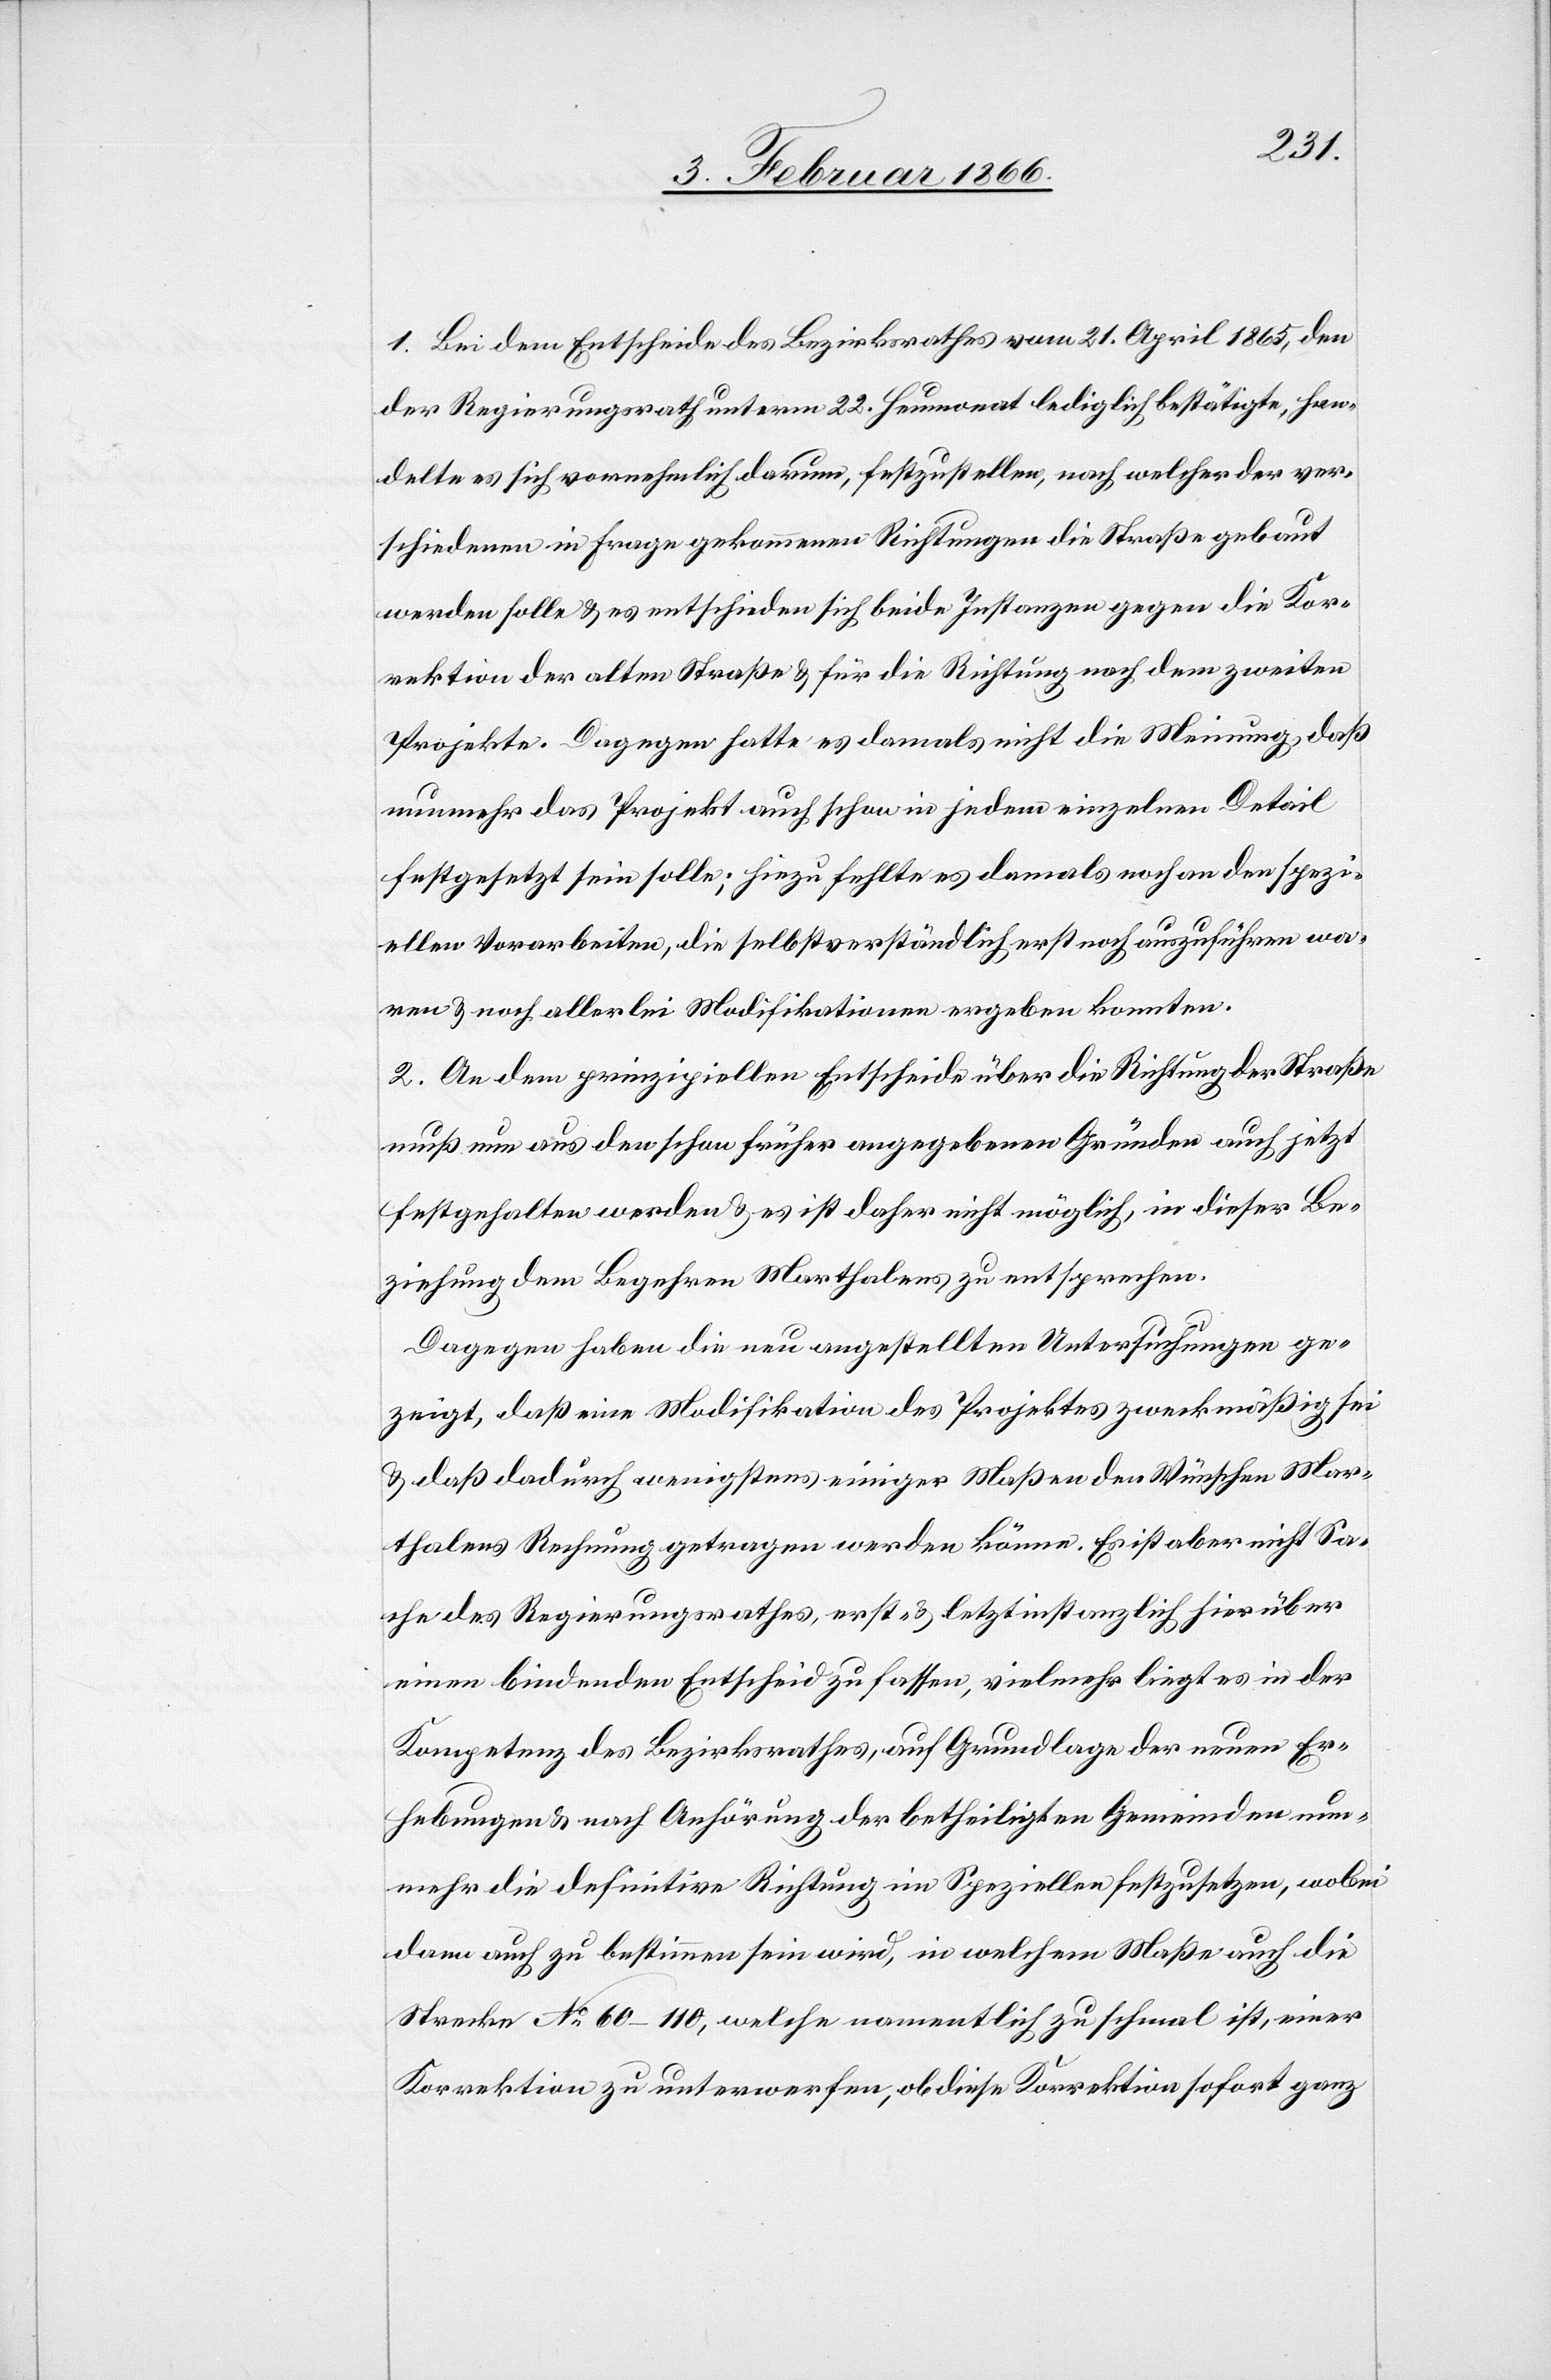
1. Bei dem Entscheide des Bezirksrathes vom 21. April 1865, den
der Regierungsrath unterm 22. Heumonat lediglich bestätigte, han¬
delte es sich vornehmlich darum, festzustellen, nach welcher der ver¬
schiedenen in Frage gekommenen Richtungen die Straße gebaut
werden solle u. es entschieden sich beide Instanzen gegen die Kor¬
rektion der alten Straße u. für die Richtung nach dem zweiten
Projekte. Dagegen hatte es damals nicht die Meinung, daß
nunmehr das Projekt auch schon in jedem einzelnen Detail
festgesetzt sein solle; hiezu fehlte es damals noch an den spezi¬
ellen Vorarbeiten, die selbstverständlich erst noch auszuführen wa¬
ren u. noch allerlei Modifikationen ergeben konnten.
2. An dem prinzipiellen Entscheide über die Richtung der Straße
muß nun aus den schon früher angegebenen Gründen auch jetzt
festgehalten werden u. es ist daher nicht möglich, in dieser Be¬
ziehung dem Begehren Marthalens zu entsprechen.
Dagegen haben die neu angestellten Untersuchungen ge¬
zeigt, daß eine Modifikation des Projektes zweckmäßig sei
u. daß dadurch wenigstens einiger Maßen den Wünschen Mar¬
thalens Rechnung getragen werden könne. Es ist aber nicht Sa¬
che des Regierungsrathes, erst- u. letztinstanzlich hierüber
einen bindenden Entscheid zu fassen, vielmehr liegt es in der
Kompetenz des Bezirksrathes, auf Grundlage der neuen Er¬
hebungen u. nach Anhörung der betheiligten Gemeinden nun¬
mehr die definitive Richtung im Speziellen festzusetzen, wobei
dann auch zu bestimmen sein wird, in welchem Maße auch die
Strecke No. 60–110, welche namentlich zu schmal ist, einer
Korrektion zu unterwerfen, ob diese Korrektion sofort ganz